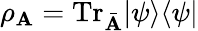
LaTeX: \rho_{\mathbf{A}}=\mathrm{{Tr}}_{\bar{{\mathbf{A}}}}|\psi\rangle\langle\psi|